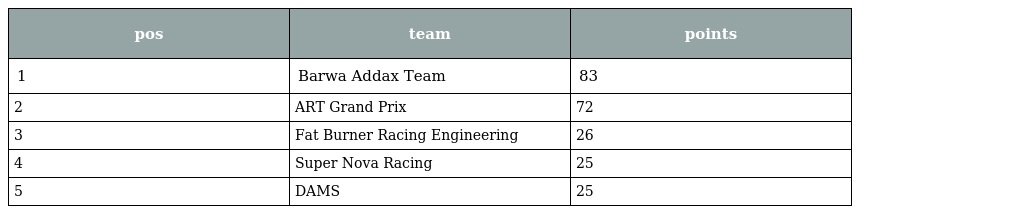
| pos | team | points |
 | --- | --- | --- |
 | 1 | Barwa Addax Team | 83 |
 | 2 | ART Grand Prix | 72 |
 | 3 | Fat Burner Racing Engineering | 26 |
 | 4 | Super Nova Racing | 25 |
 | 5 | DAMS | 25 |